Medical and sanitary report of the native army of Madras for the year
Year: 1878
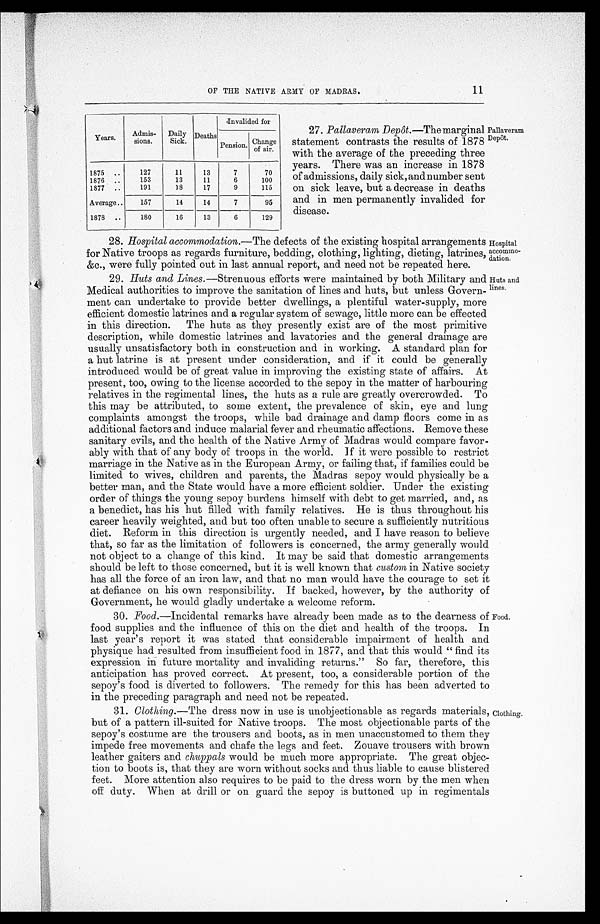
Hospital a c c o m m o - d a t i o n .
Huts and
lines.
OF THE NATIVE ARMY OF MADRAS.
11
Years.
Admis-
sions.
Daily
Sick. Deaths
Invalided for
Pension. Change
of air.
1875 ..
127
11
13
7
70
1876 ..
153
13
11
6
100
1877 ..
191
18
17
9
115
Average . . 157
14
14
7
95
1878 ..
180
16
13
6
129
27. Palleveram Depôt.—The marginal
statement contrasts the results of 1878
with the average of the preceding three
years. There was an increase in 1878
of admissions, daily sick, and number sent
on sick leave, but a decrease in deaths
and in men permanently invalided for
disease.
Pallaveram
Depôt.
28. Hospital accommodation.— The defects of the existing hospital arrangements
for Native troops as regards furniture, bedding, clothing, lighting, dieting, latrines,
&c., were fully pointed out in last annual report, and need not be repeated here.
29. Huts and Lines.— Strenuous efforts were maintained by both Military and
Medical authorities to improve the sanitation of lines and huts, but unless Govern-
ment can undertake to provide better dwellings, a plentiful water-supply, more
efficient domestic latrines and a regular system of sewage, little more can be effected
in this direction. The huts as they presently exist are of the most primitive
description, while domestic latrines and lavatories and the general drainage are
usually unsatisfactory both in construction and in working. A standard plan for
a hut latrine is at present under consideration, and if it could be generally
introduced would be of great value in improving the existing state of affairs. At
present, too, owing to the license accorded to the sepoy in the matter of harbouring
relatives in the regimental lines, the huts as a rule are greatly overcrowded. To
this may be attributed, to some extent, the prevalence of skin, eye and lung
complaints amongst the troops, while bad drainage and clamp floors come in as
additional factors and induce malarial fever and rheumatic affections. Remove these
sanitary evils, and the health of the Native Army of Madras would compare favor-
-ably with that of any body of troops in the world. If it were possible to restrict
marriage in the Native as in the European Army, or failing that, if families could be
limited to wives, children and parents, the Madras sepoy would physically be a
better man, and the State would have a more efficient soldier. Under the existing
order of things the young sepoy burdens himself with debt to get married, and, as
a benedict, has his hut filled with family relatives. He is thus throughout his
career heavily weighted, and but too often unable to secure a sufficiently nutritious
diet. Reform in this direction is urgently needed, and I have reason to believe
that, so far as the limitation of followers is concerned, the army generally would
not object to a change of this kind. It may be said that domestic arrangements
should be left to those concerned, but it is well known that custom in Native society
has all the force of an iron law, and that no man would have the courage to set it
at defiance on his own responsibility. If backed, however, by the authority of
Government, he would gladly undertake a welcome reform.
30. Food.—Incidental remarks have already been made as to the dearness of
food supplies and the influence of this on the diet and health of the troops. In
last year's report it was stated that considerable impairment of health and
physique had resulted from insufficient food in 1877, and that this would " find its
expression in future mortality and invaliding returns." So far, therefore, this
anticipation has proved correct. At present, too, a considerable portion of the
sepoy's food is diverted to followers. The remedy for this has been adverted tc
in the preceding paragraph and need not be repeated.
31. Clothing.— The dress now in use is unobjectionable as regards materials,
but of a pattern ill-suited for Native troops. The most objectionable parts of the
sepoy's costume are the trousers and boots, as in men unaccustomed to them they
impede free movements and chafe the legs and feet. Zouave trousers with brown
leather gaiters and chuppals would be much more appropriate. The great objec-
tion to boots is, that they are worn without socks and thus liable to cause blistered
feet. More attention also requires to be paid to the dress worn by the men when
off duty. When at drill or on guard the sepoy is buttoned up in regimentals